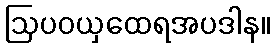
ဩပဝယှထေရအပဒါန။